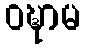
ဝဍ္ဎာမ